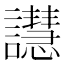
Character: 譿